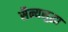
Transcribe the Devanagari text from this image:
सैन्यसुद्धा